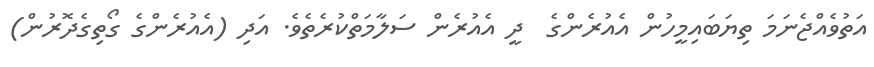
އަތުވެއްޖެނަމަ ތިޔަބައިމީހުން އެއުރެންގެ  ދީ އެއުރެން ސަލާމަތްކުރެތެވެ. އަދި (އެއުރެންގެ ގޯތިގެދޮރުން)